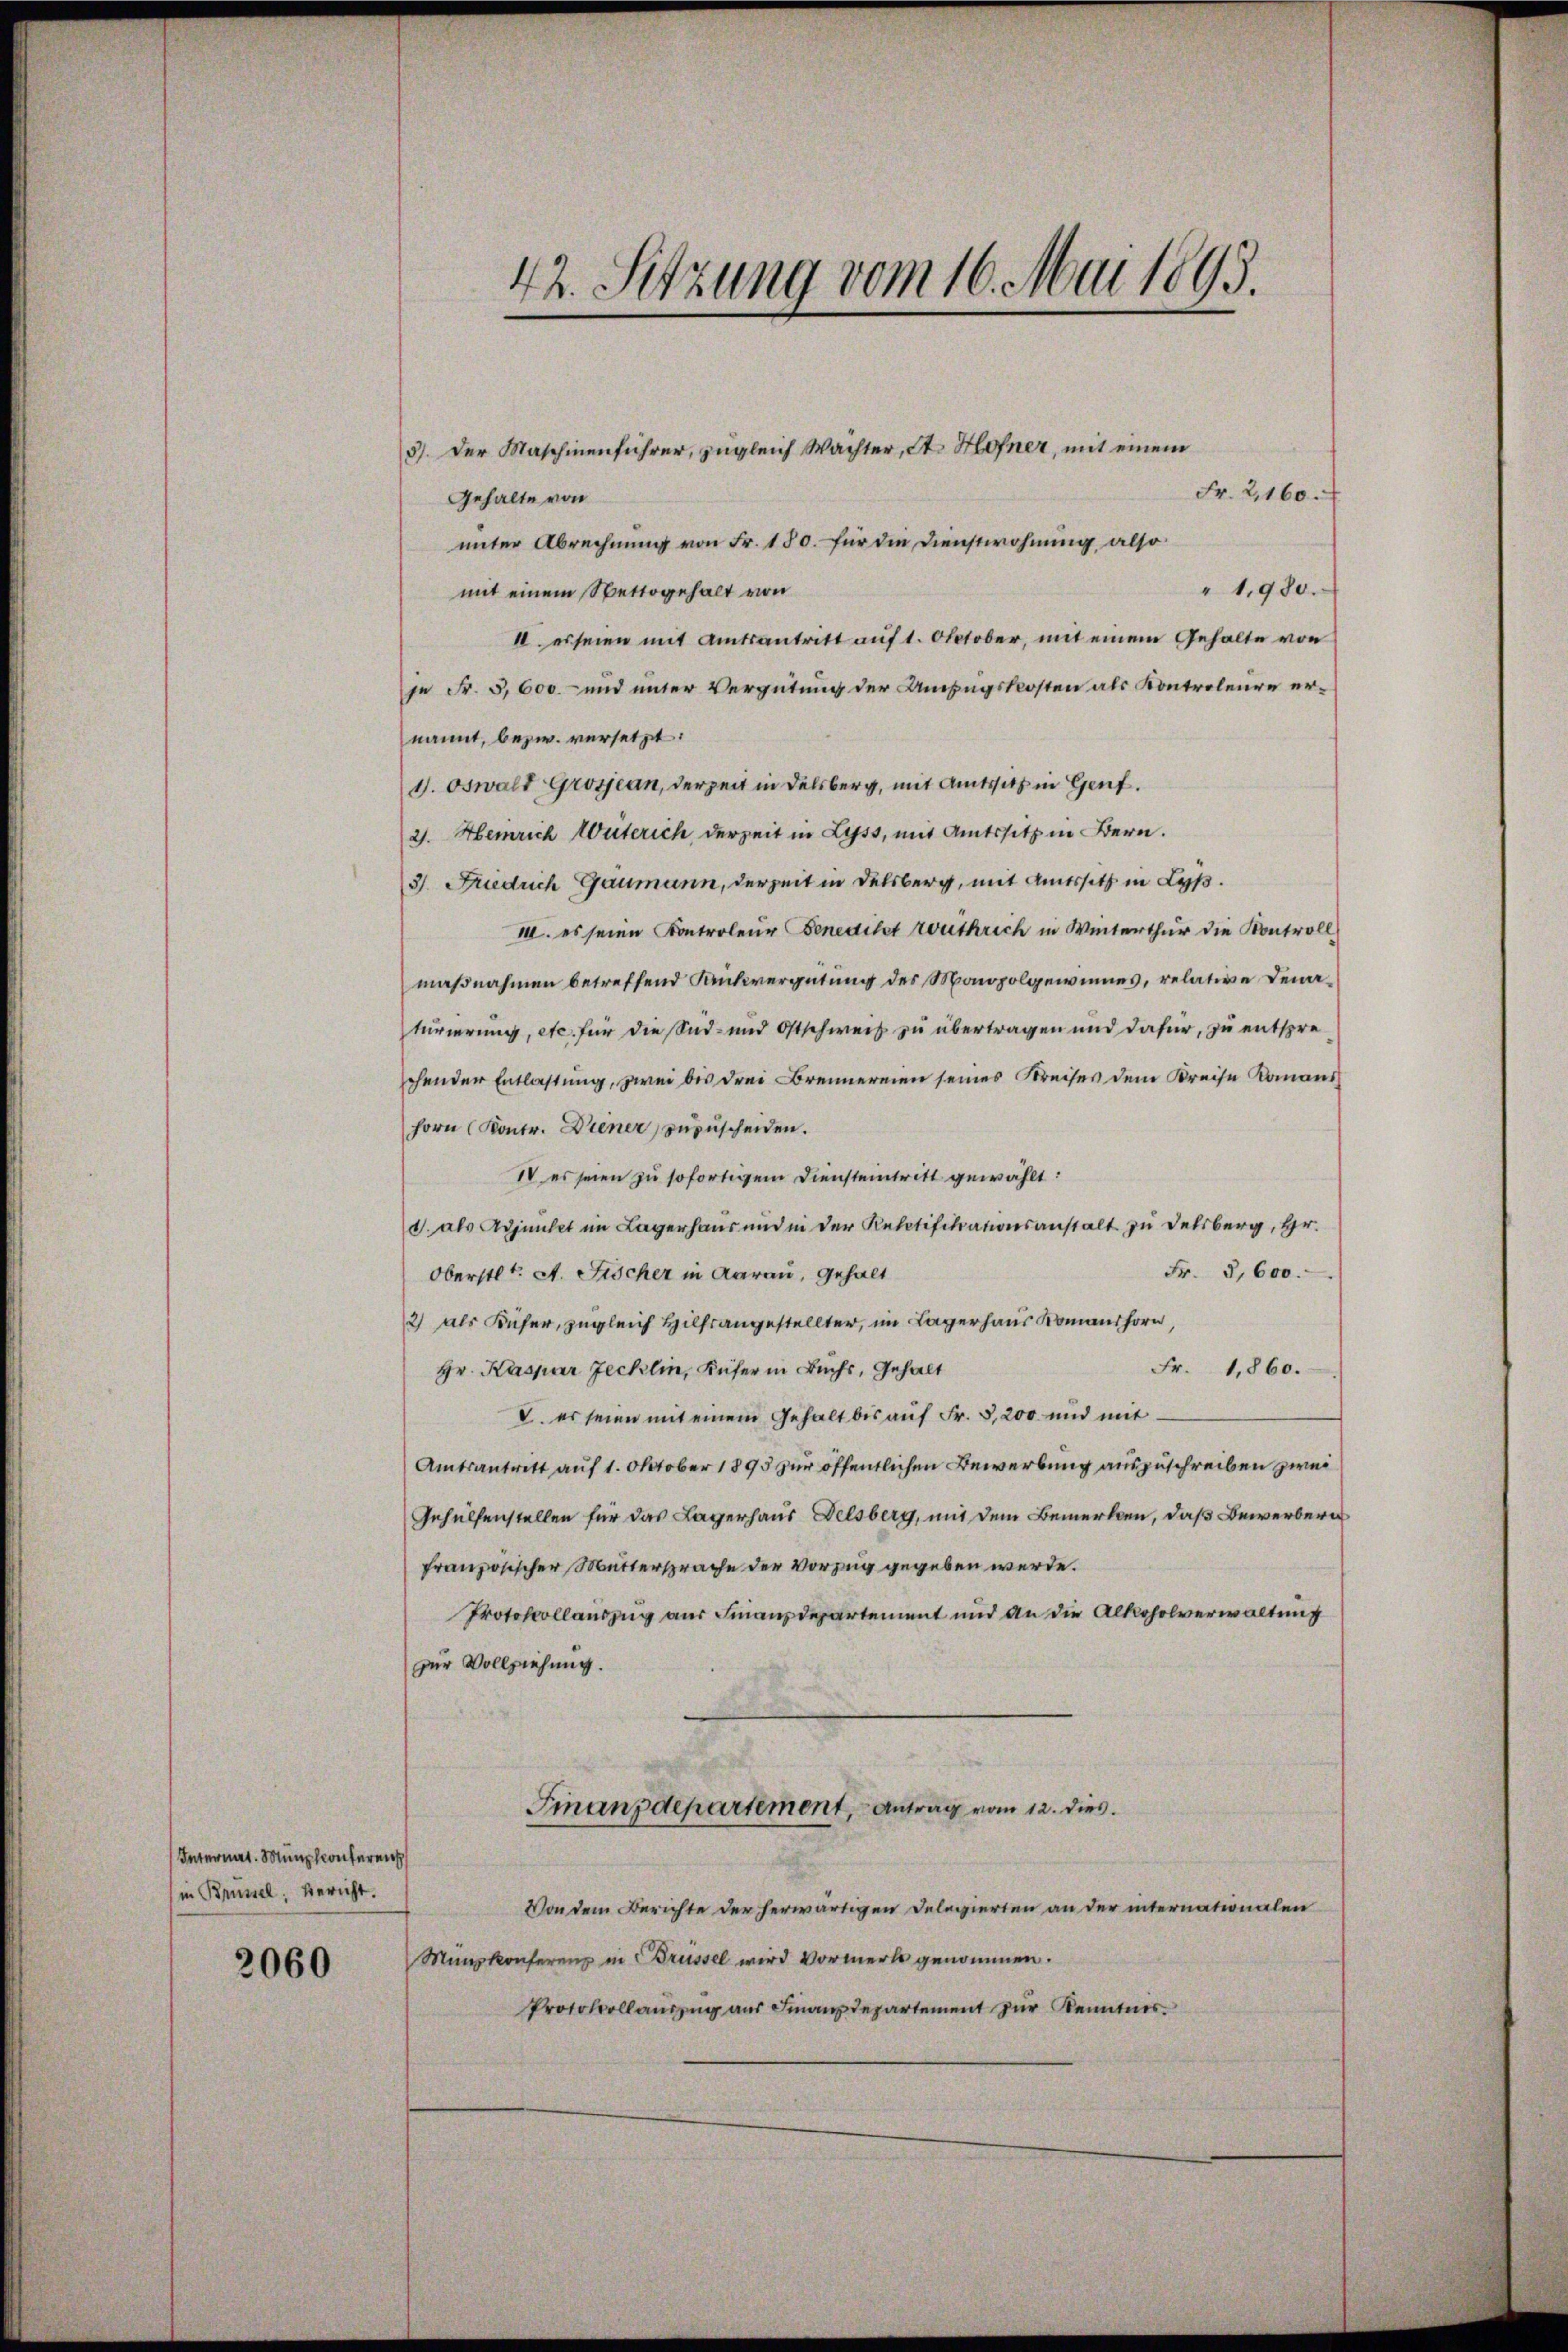
Internat. Münchconferen
(in Brüssel, Bericht.

2060

3). Der Maschinenführer, zugleich Wachter, St. Hofner, mit einem
Fr. 2,160.
Gehalte von
unter Abrechnung von Fr. 180. für die Dienstwohnung, also
"1,980.
mit einem Nettogehalt von
I. erseien mit Amtsantritt auf 1. Oktober, mit einem Gehalte von
je Fr. 5,600.- und unter Vergütung der Umzugskosten als Kontroleure ernannt, bezw. versetzt:
1. Oswalt Grosjean, derzeit in Delsberg, mit Amtssitz in Genf.
2. Heinrich Weiterich, derzeit in Lyss, mit Amtssitz in Bern.
3) Friedrich Gaumann, derzeit in Delsberg, mit Amtssatz in Lyß.
12. es seien Kontroleur Benedikt authrich in Winterthur die Kontroll
maßnahmen betreffend Rückvergütung des Monopolgewinnes, relative Denaturierung, etc. für die Sid- und Ostschweiz zu übertragen und dafür, zu entspreschender Entlastung, zwei bis drei Brennereien seines Kreises dem Kreise Komans
horn (Kontr. Diener zuzuscheiden.
IV es seien zu sofortigem Diensteintritt gewählt:
. als Adjunkt im Lagerhaus und in der Relatifikationsanstalt zu Delsberg, Hr.
Fr. 3,600.
Oberstl. A. Fischer in Aarau, Gehalt
2) als Küfer, zugleich Hilfsangestellter, im Lagerhaus Romanshorn,
Fr. 1860.
Hr. Kaspar Jecklin, Küfer in Buchs, Gehalt
. es seien mit einem Gehalt bis aŭf Fr. 3,200 und mit
Amtsantritt auf 1. Oktober 1895 zur öffentlichen Bewerbung auszuschreiben zwei
Gehülfenstellen für das Lagerhaus Delsberg, mit dem Bemerken, daß Bewerbern
französischer Muttersprache der Vorzug gegeben werde.
Protokollauszug aus Finanzdepartement und an die Alkoholverwaltung
zur Vollziehung.
Finanzdepartement, - Antrag vom 12. dies
Von dem Berichte der herwärtigen Delegierten an der internationalen
Münzkonferenz in Brüssel wird Vormerk genommen.
Protokollaŭszŭg aŭs Finanzdepartement zŭr Kenntnis

42. Sitzung vom 16. Mai 1895.